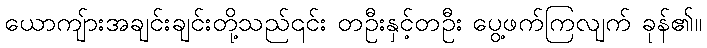
ယောကျ်ားအချင်းချင်းတို့သည်၎င်း တဦးနှင့်တဦး ပွေ့ဖက်ကြလျက် ခုန်၏။